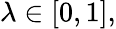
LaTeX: \lambda\in[0,1],